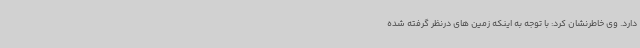
دارد. وی خاطرنشان کرد: با توجه به اینکه زمین های درنظر گرفته شده